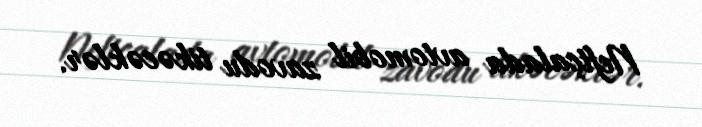
Neftçalada avtomobil zavodu tikəcəklər.